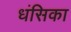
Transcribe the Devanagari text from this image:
धंसिका